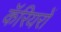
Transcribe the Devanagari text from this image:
कॅरियरों